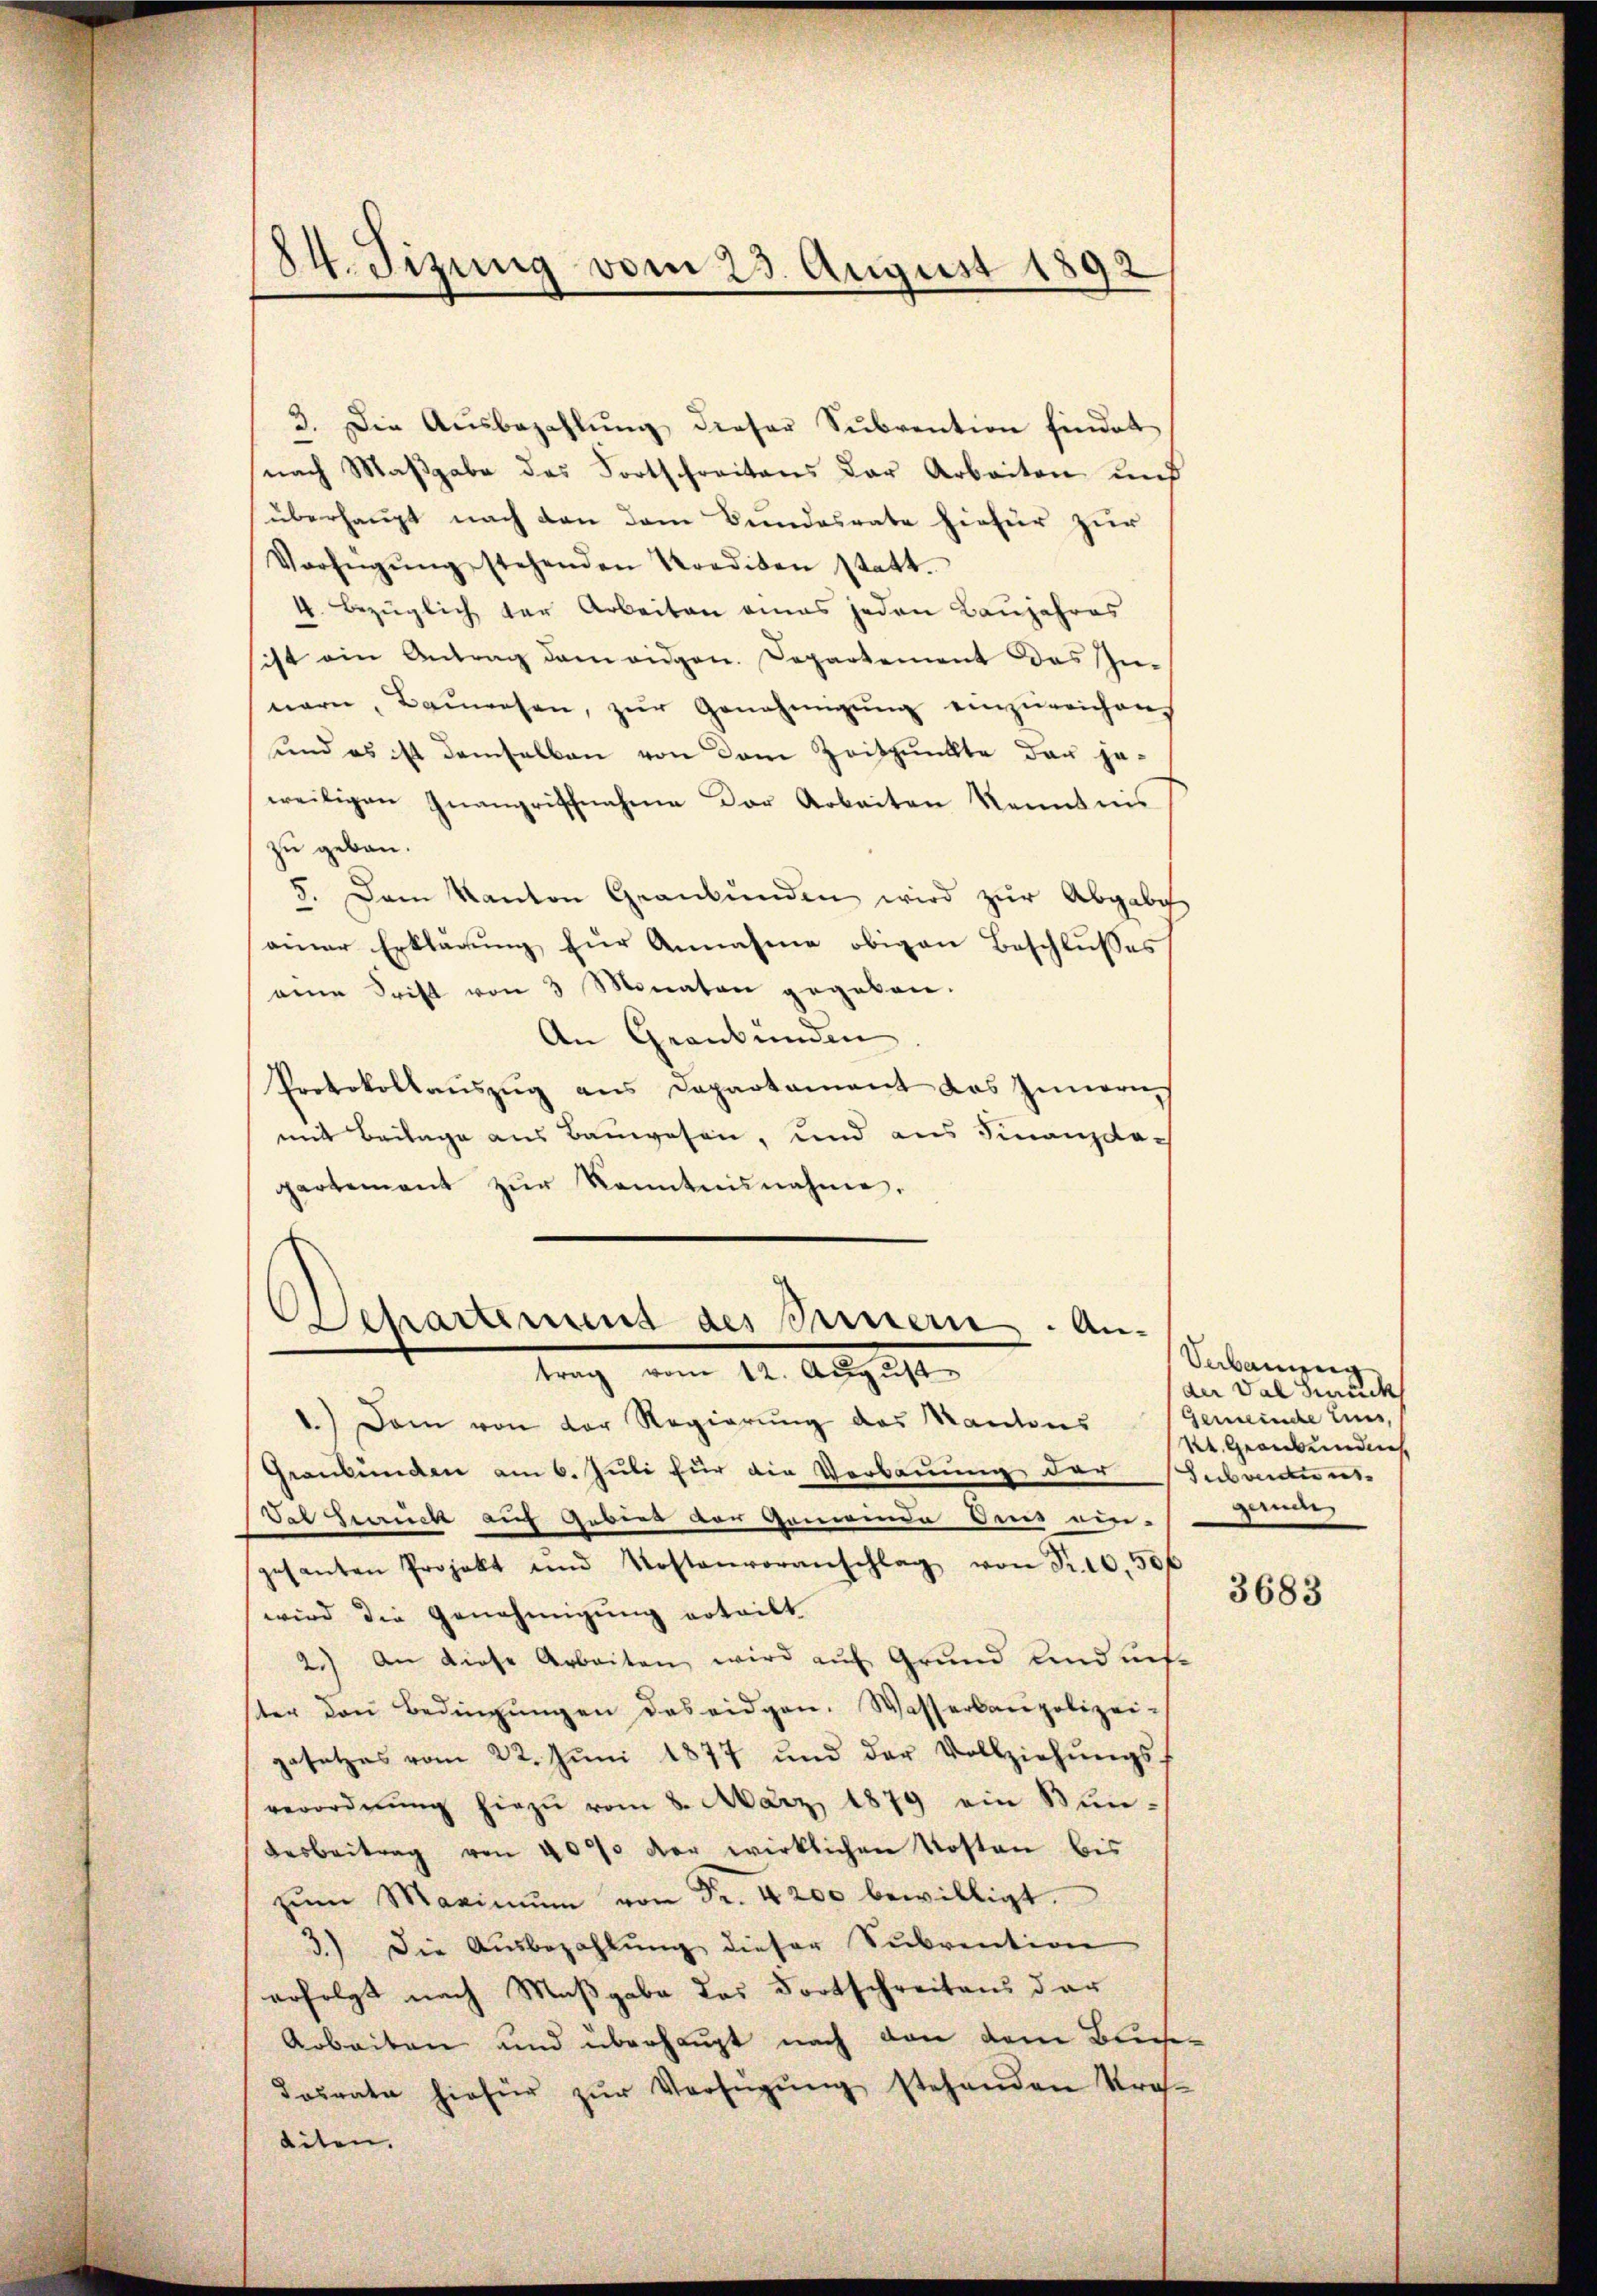
24. Tizung vom 23. August 1892

3. Die Aŭsbezahlŭng dieser Sŭbvention findet
nach Maßgabe des Fortschreitens der Arbeiten und
überhaupt nach den dem Bundesrate hiefür zur
Verfügŭng stehenden Krediten statt.
4. bezüglich der Arbeiten eines jeden Baujahres
ist ein Antrag dem eidgen. Departement des In-
nern, Baŭwesen, zŭr Genehmigŭng einzureichen
und es ist demselben von dem Zeitpunkte das jeweiligen Inangrischnahme der Arbeiten kenntnis
zu geben.
5. Dem Kanton Granbŭnden wird zŭr Abgabe
ainer Erklärung zur Annahme obigen Beschlusses
eine Stift von 3 Monaten gegeben.
An Graubünden
Protokollauszug aus Departament das Innern
mit Beilage aus Bauwesen, und aus Finanzdach
gartement zŭr Kenntnisnahme.
chartenung des Besterie. An-
trag vom 12. August
1.) Dem von der Regierŭng des Kantons
Graubünden am 6. Juli für die Verbauung der Stubaitions-
Vat herrück auf Gebiet der Gemeinde Aus ein-
gesanten Projekt und Kostenvoranschlag von Fr. 10,500
wird die Genehmigung erteilt
2.) An diese Arbeiten, wird auf Grund und uns
ster den Bedingŭngen das eidgen. Wasserbaupolizeigesetzes vom 22. Jŭni 1877 und der Vollziehŭngs-
verordnŭng hiezŭ vom 8. März 1879 ein Mün-
desbeitrag von 4000 der wirklichen Kosten bis
zŭm Maximŭm von Fr. 4200 bewilligt.
3.) Die Aŭsbezahlŭng dieser Subvention
erfolgt nach Maßgabe das Dortschreitens der
Arbeiten und überhaupt nach von dem Bris¬
Josvate hiefür zŭr Verfügŭng stehenden Stras-
liten.

Verbauung
der Val Hauck
Gemeinde Eins
St. Georgundis

3683